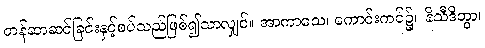
တန်ဆာဆင်ခြင်းနှင့်စပ်သည်ဖြစ်၍သာလျှင်။ အာကာသေ၊ ကောင်းကင်၌။ နိသီဒိတွာ၊